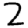
Digit: 2